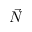
\vec { N }